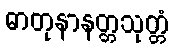
ဓာတုနာနတ္တသုတ္တံ